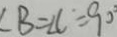
\angle B = \angle C = 9 0 ^ { \circ }